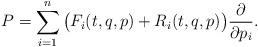
LaTeX: \begin{align*}P=\sum_{i=1}^n \big(F_i(t,q,p)+R_i(t,q,p)\big)\frac{\partial}{\partial p_i}.\end{align*}